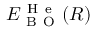
E _ { \mathrm { ~ B ~ O ~ } } ^ { \mathrm { ~ H ~ e ~ } } ( R )